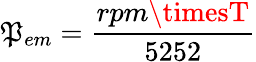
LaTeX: \mathfrak{P}_{em}={\frac{{rpm\timesT}}{{5252}}}